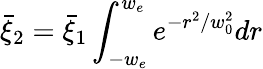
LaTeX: \bar{\xi}_{2}=\bar{\xi}_{1}\int_{-w_{e}}^{w_{e}}e^{-r^{2}/w_{0}^{2}}dr